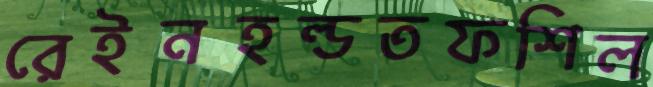
রেইনহল্ডতফশিল